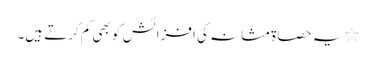
٭یہ حصاۃ مثانہ کی افزائش کو بھی کم کرتے ہیں۔